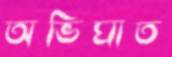
অভিঘাত